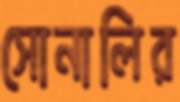
সোনালির